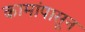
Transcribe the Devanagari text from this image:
कामांपासून